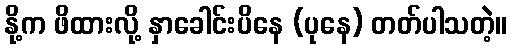
နို့က ဖိထားလို့ နှာခေါင်းပိနေ (ပုနေ) တတ်ပါသတဲ့။